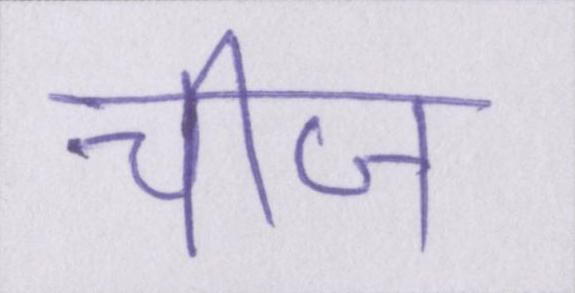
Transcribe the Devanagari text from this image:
चीज